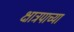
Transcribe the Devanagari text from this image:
क्षात्रपाच्या